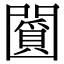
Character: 𠚞